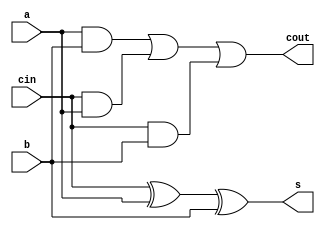
module full_add(cin, a, b, s, cout);
  input cin, a, b;
  output s, cout;
  assign s = cin^a^b;
  assign cout = a&b|cin&a|cin&b ;
endmodule